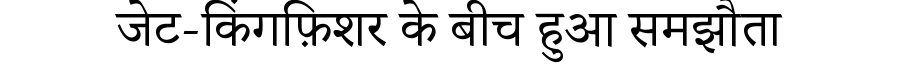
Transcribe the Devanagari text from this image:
जेट-किंगफ़िशर के बीच हुआ समझौता